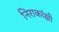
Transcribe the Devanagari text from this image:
निराकांक्षी